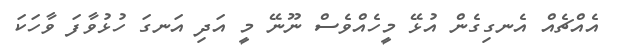
އެއްޗެއް އެނގިގެން އުޅޭ މީހެއްވެސް ނޫނޭ މީ އަދި އަނގަ ހުޅުވާފަ ވާހަކަ